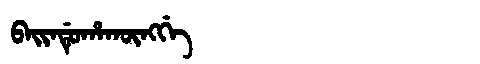
Manchu: ᠪᠠᡳᠨᡩᡠᡥᠠᡴᡡᠩᡤᡝ
Romanization: BAINDUHAKŪNGGE